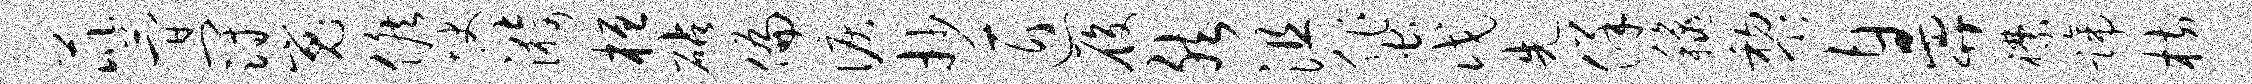
芘简冠嵬候快漪桓砧偏泪抄匠履然沮蜚戊先佯秋黎鼻襟蹄枋